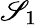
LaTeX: \mathscr{S}_{1}